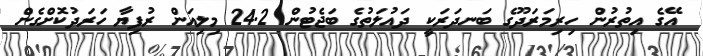
އޭގެ އިތުރުން ހިރިމަރަދޫގެ ބަނދަރަކީ ދައުލަތުގެ ބަޖެޓުން 24.2 މިލިއަން ރުފިޔާ ހަރަދުކޮށްގެން